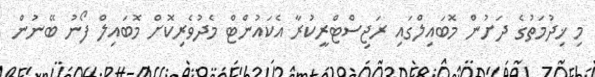
މި ޚިދުމަތުގެ ދަށުން މޮބައިލްގައި ރަޖިސްޓްރީކުރާ އެކައުންޓް މެދުވެރިކޮށް މޮބައިލް ފޯނު ބޭނުން